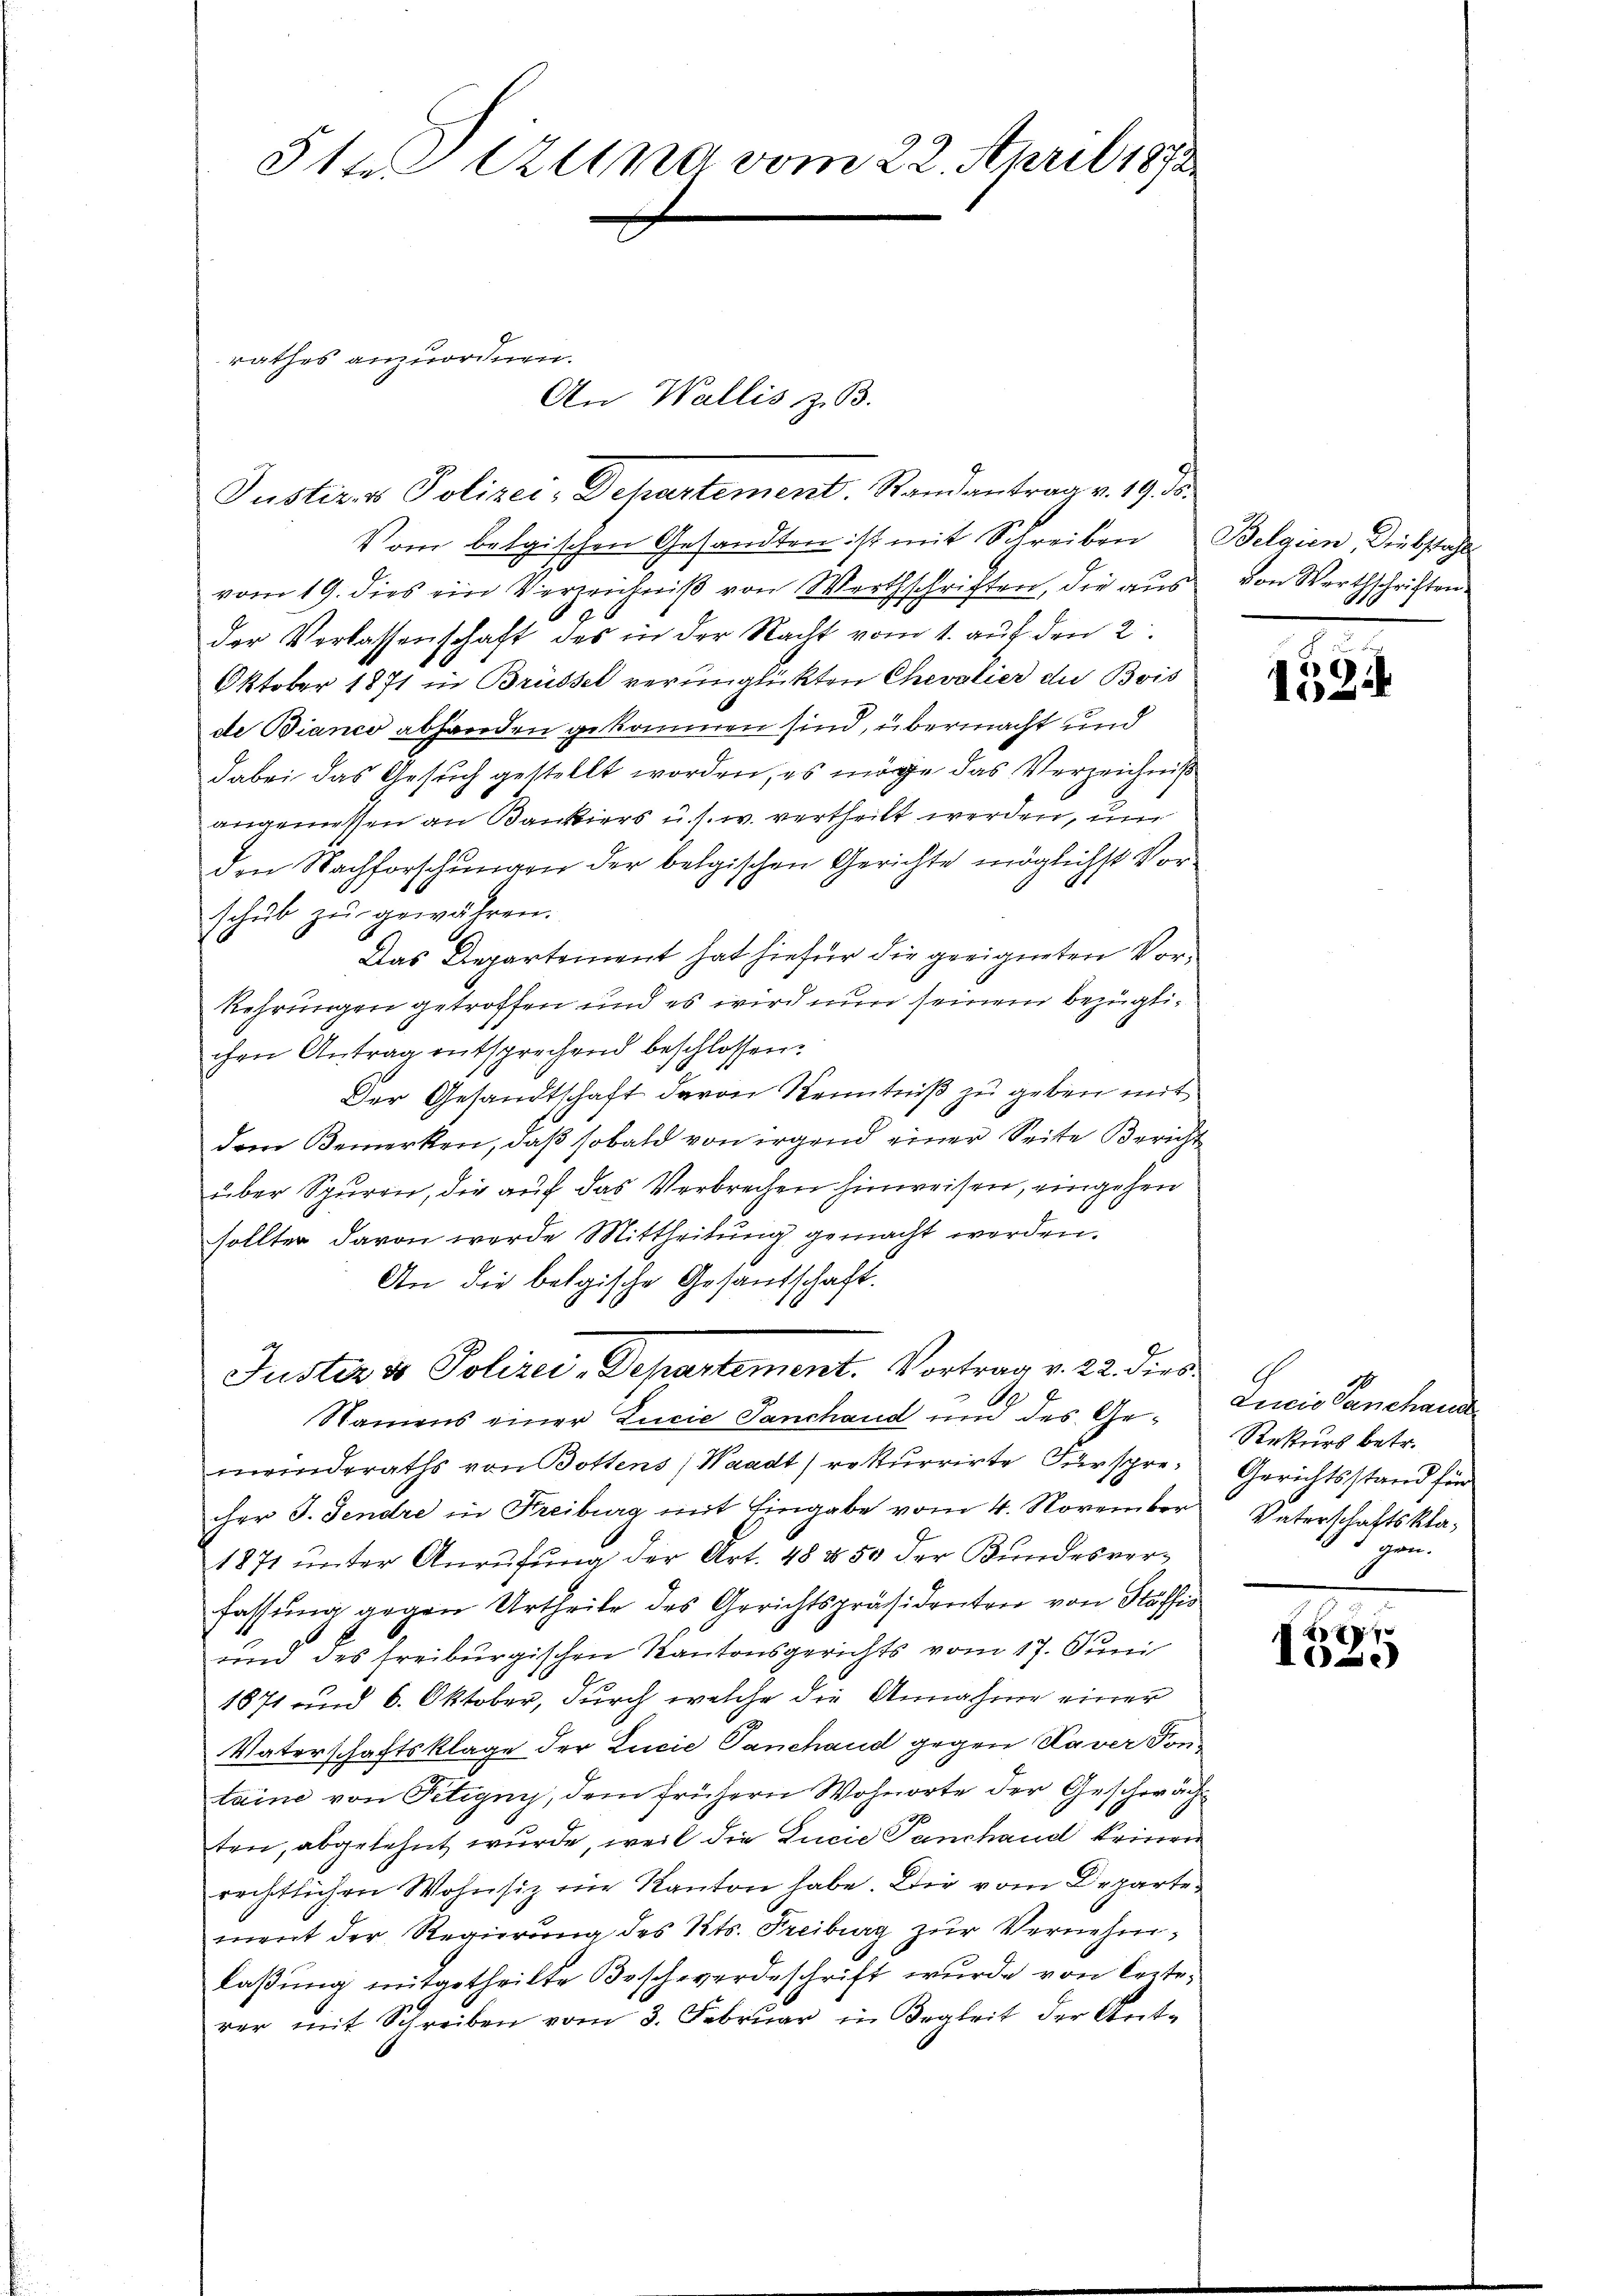
51t Azung vom 22. April 1873.

Vom belgischen Gesandten ist mit Schreiben Belgien Diebstahl
vom 19. dies ein Verzeichniß von Werthschriften, die aus
der Verlassenschaft des in der Nacht vom 1. aŭf den 2.
Oktober 1871 in Brüssel verunglickten Chevalier die Bris
de Bianco abhanden gekommen sind, übermacht und
dabei das Gesŭch gestellt worden, es möge das Verzeichnis
angemessen an Bankiers u. s. w. vertheilt werden, um
den Nachforschungen der belgischen Gerichte möglichst Vorschŭb zŭ gewähren.
Das Departement hat hiefür die geeigneten Vor¬
Rehrungen getroffen und es wird nun seinem bezüglichen Antrag entsprechend beschlossen:
Der Gesandtschaft davon Kenntniß zu geben mit
dem Bemerken, daß sobald von irgend einer Seite Bericht
über Spuren, die auf das Verbrechen hinweisen, eingehen
sollter davon werde Mittheilung gemacht werden.
An die belgische Gesandschaft.
Justiz & Polizei, Departement. Vortrag v. 22. dies
2
Namens einer Lucie Tanchand und des Gemeinderaths von Gottens, Waadt) rekurrirte Fürsprecher J. Jendre in Freiburg mit Eingabe vom 4. November
1871 unter Anrufung der Art. 48 & 50 der Bundesverfassung gegen Urtheile des Gerichtspräsidenten von Stäffi
und des freiburgischen Kantonsgerichts vom 17. Juni
1871 und 6. Oktober, durch welche die Annahme einer
Vaterschaftsklage der Lucie Panchand gegen Xaver Sontaine von Petigny, dem frühern Wohnorte der Geschwächten, abgelehnt wurde, weil die Lucie Panchand keinen
rechtlichen Wohnsiz nie Kanton habe. Die vom Departement der Regierung des Kts. Freiburg zur Vernehmlaßung mitgetheilte Beschwerdeschrift wurde von lezterer mit Schreiben vom 3. Februar in Begleit der Ant-

rathes anzuordnen.

An Wallis z. B.

Justiz & Polizei- Dehartement. Randantrag v. 19 de

von Werthschriften.

4524

Lucia Banchand
Rekurs betr.
Gerichtsstand für
Vaterschaftsklapen.

a
10